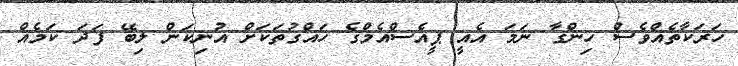
ހަރަކާތެއްވެސް ހިންގާ ނަމަ އެއީ ޕީއެސްއެމްގެ ހައްގުތަކަށް އުނިކަން ލިބޭ ފަދަ ކަމެއް